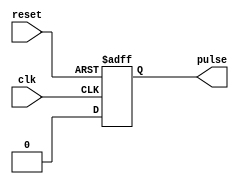
module falling_edge_pulse_generator (
    input wire clk,
    input wire reset,
    output reg pulse
);

parameter PULSE_WIDTH = 1; // Default pulse width is 1 clock cycle

always @(posedge clk or negedge reset) begin
    if (reset == 1'b1) begin
        pulse <= 1'b0;
    end else begin
        pulse <= #PULSE_WIDTH 1'b1;
        pulse <= #1 1'b0;
    end
end

endmodule